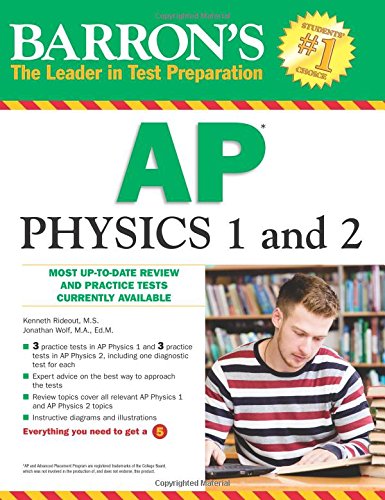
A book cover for Barron's AP Physics 1 and 2 (Barron's Ap Physics B); Kenneth Rideout  M.S.; Test Preparation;